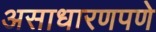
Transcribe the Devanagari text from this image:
असाधारणपणे